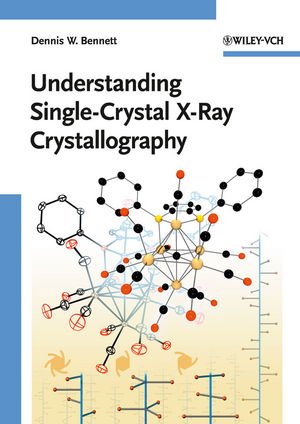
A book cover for Understanding Single-Crystal X-Ray Crystallography; Dennis W. Bennett; Science & Math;